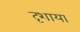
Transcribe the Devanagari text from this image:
दृशाया